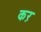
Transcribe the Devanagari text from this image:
कऱ